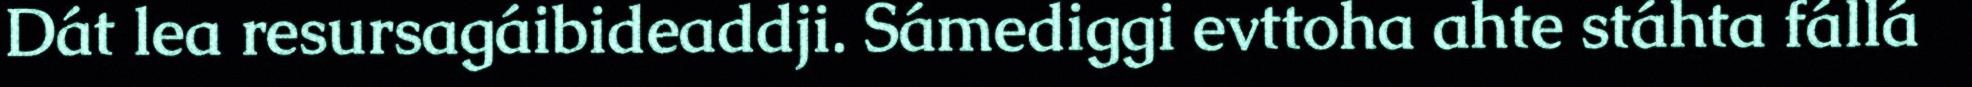
Dát lea resursagáibideaddji. Sámediggi evttoha ahte stáhta fállá